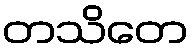
တသိတေ